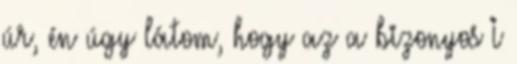
úr, én úgy látom, hogy az a bizonyos I